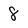
Character: 8